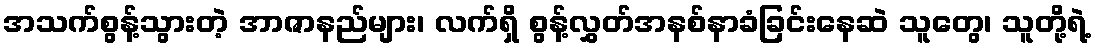
အသက်စွန့်သွားတဲ့ အာဇာနည်များ၊ လက်ရှိ စွန့်လွှတ်အနစ်နာခံခြင်းနေဆဲ သူတွေ၊ သူတို့ရဲ့